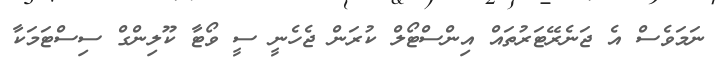
ނަމަވެސް އެ ޖަނެރޭޓަރުތައް އިންސްޓޯލް ކުރަން ޖެހެނީ ސީ ވޯޓާ ކޫލިންގް ސިސްޓަމަކާ